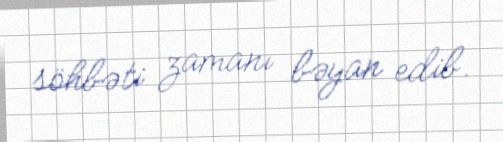
söhbəti zamanı bəyan edib.